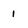
Character: 1